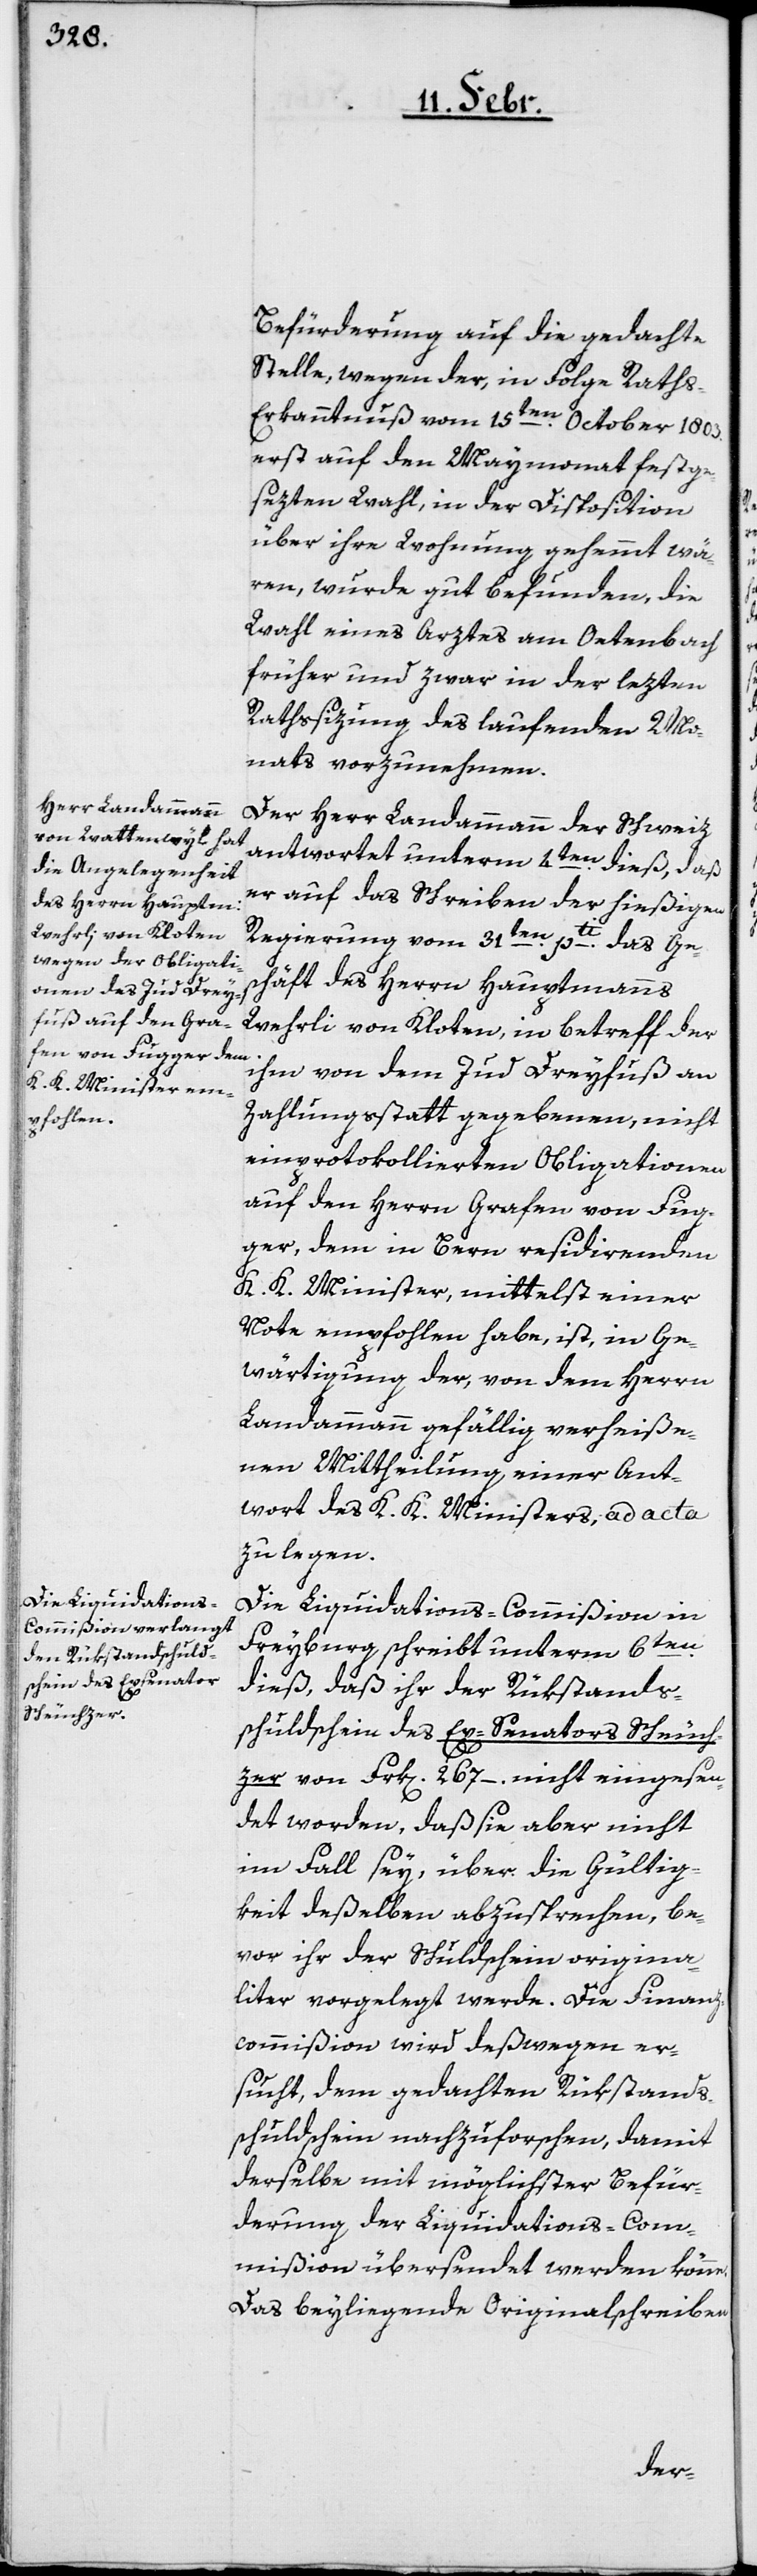
Befürderung auf die gedachte
Stelle, wegen der, in Folge Rath¬
s-Erkanntnuß vom 15ten. October 1803.
erst auf den Maymonat festge¬
sezten Wahl, in der Disposition
über ihre Wohnung gehemmt wä¬
ren, wurde gut befunden, die
Wahl eines Arztes am Oetenbach
früher, und zwar in der lezten
Rathssizung des laufenden Mo¬
nats vorzunehmen.
Der Herr Landammann der Schweiz
antwortet unterm 4ten. dieß, daß
er auf das Schreiben der hießigen
Regierung vom 31ten. pti. das Ge¬
schäft des Herrn Hauptmanns
Wehrli von Kloten, in betreff der
ihm von dem Jud Dreyfuß an
Zahlungsstatt gegebenen, nicht
einprotokollierten Obligationen
auf den Herrn Grafen von Fug¬
ger, dem in Bern residirenden
K. K. Minister, mittelst einer
Note empfohlen habe, ist, in Ge¬
wärtigung der von dem Herrn
Landammann gefällig verheiße¬
nen Mittheilung einer Ant¬
wort des K. K. Ministers, ad acta
zu legen.
Die Liquidations-Commißion in
Freyburg schreibt unterm 6ten.
dieß, daß ihr der Rückstands¬
schuldschein des Ex-Senators Scheuch¬
zer von Frk[en]. 267–. nicht eingesen¬
det worden, daß sie aber nicht
im Fall sey, über die Gültig¬
keit deßelben abzusprechen, be¬
vor ihr der Schuldschein origina¬
liter vorgelegt werde. Die Finanz¬
commißion wird deßwegen er¬
sucht, dem gedachten Rükstands¬
schuldschein nachzuforschen, damit
derselbe mit möglichster Befür¬
derung der Liquidations-Com¬
mißion übersendet werden könne.
Das beyliegende Originalschreiben